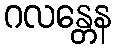
ဂလန္တေန